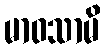
မာဝသာမိ